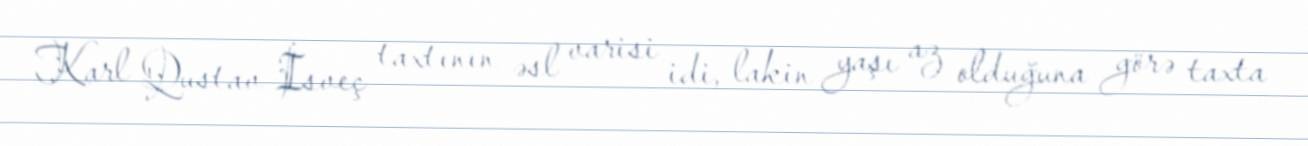
Karl Qustav İsveç taxtının əsl varisi idi, lakin yaşı az olduğuna görə taxta